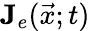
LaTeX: \mathbf{J}_{e}(\vec{x};t)